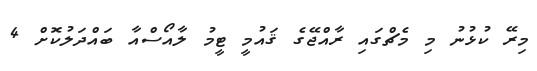
މިރޭ ކުޅުނު މި މެޗްގައި ރާއްޖޭގެ ޤައުމީ ޓީމު ލާއޯސްއާ ބައްދަލުކޮށް 4